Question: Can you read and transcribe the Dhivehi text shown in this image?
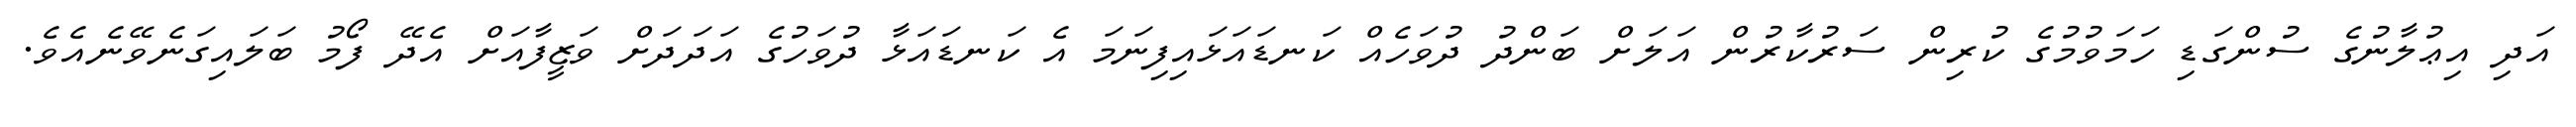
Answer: އަދި އިޢުލާނުގެ ސުންގަޑި ހަމަވުމުގެ ކުރިން ސަރުކާރުން އަލަށް ބަންދު ދުވަހެއް ކަނޑައަޅައިފިނަމަ އެ ކަނޑައަޅާ ދުވަހުގެ އަދަދަށް ވަޒީފާއަށް އެދޭ ފޯމު ބަލައިގަނެވޭނެއެވެ.